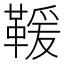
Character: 𩋫